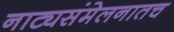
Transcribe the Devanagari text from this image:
नाट्यसंमेलनातच